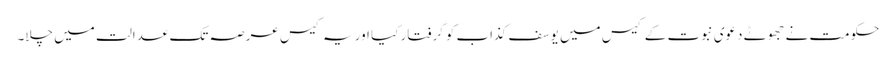
حکومت نے جھوٹے دعوی نبوت کے کیس میں یوسف کذاب کو گرفتار کیا اور یہ کیس عرصہ تک عدالت میں چلا۔